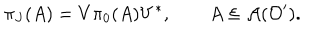
\pi _ { J } ( A ) = V \pi _ { 0 } ( A ) V ^ { * } , \qquad A \in { \cal A } ( { \cal O } ^ { \prime } ) .